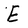
Character: E